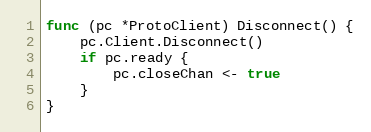
Language: Go
func (pc *ProtoClient) Disconnect() {
	pc.Client.Disconnect()
	if pc.ready {
		pc.closeChan <- true
	}
}